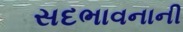
સદભાવનાની